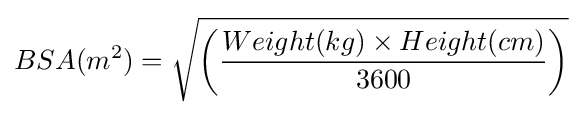
BSA(m^{2})={\sqrt {\left({\frac {Weight(kg)\times Height(cm)}{3600}}\right)}}